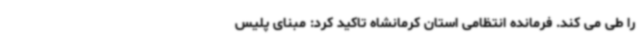
را طی می کند. فرمانده انتظامی استان کرمانشاه تاکید کرد: مبنای پلیس